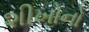
શીખોનો